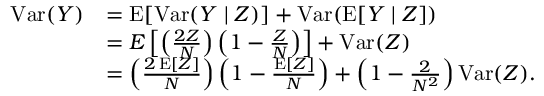
{ \begin{array} { r l } { \operatorname { V a r } ( Y ) } & { = \operatorname { E } [ \operatorname { V a r } ( Y \mid Z ) ] + \operatorname { V a r } ( \operatorname { E } [ Y \mid Z ] ) } \\ & { = E \left[ \left( { \frac { 2 Z } { N } } \right) \left( 1 - { \frac { Z } { N } } \right) \right] + \operatorname { V a r } ( Z ) } \\ & { = \left( { \frac { 2 \operatorname { E } [ Z ] } { N } } \right) \left( 1 - { \frac { \operatorname { E } [ Z ] } { N } } \right) + \left( 1 - { \frac { 2 } { N ^ { 2 } } } \right) \operatorname { V a r } ( Z ) . } \end{array} }